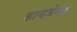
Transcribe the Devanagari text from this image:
डायडेम्स